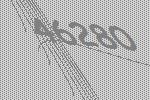
46280